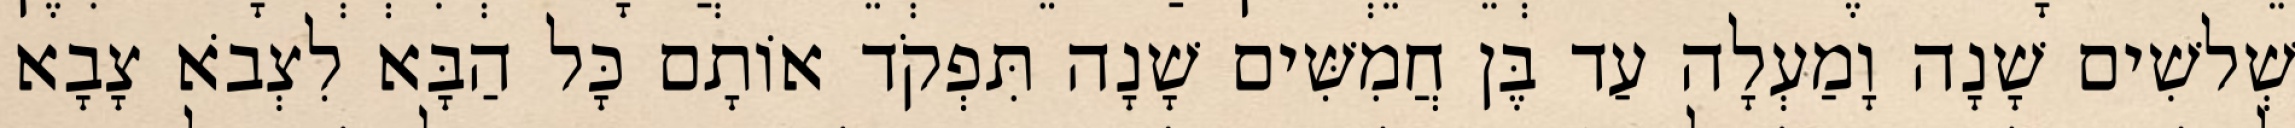
שְׁלשִׁים שָׁנָה וָמַעְלָה עַד בֶּן חֲמִשִּׁים שָׁנָה תִּפְקֹד אוֹתָם כָּל הַבָּא לִצְבֹא צָבָא